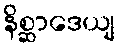
နိစ္ဆာဒေယျ